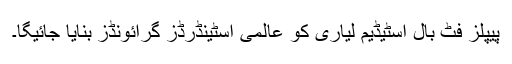
پیپلز فٹ بال اسٹیڈیم لیاری کو عالمی اسٹینڈرڈز گرائونڈز بنایا جائیگا۔